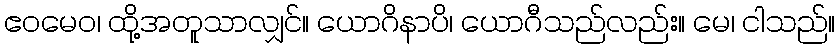
ဧဝမေဝ၊ ထို့အတူသာလျှင်။ ယောဂိနာပိ၊ ယောဂီသည်လည်း။ မေ၊ ငါသည်။